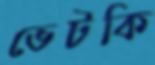
ভেটকি